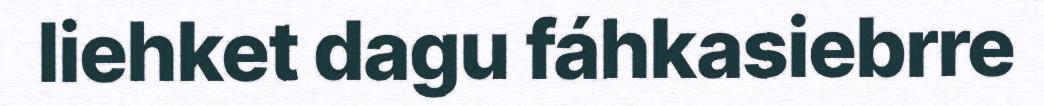
liehket dagu fáhkasiebrre